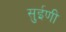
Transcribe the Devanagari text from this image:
सुईणी